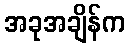
အခုအချိန်က